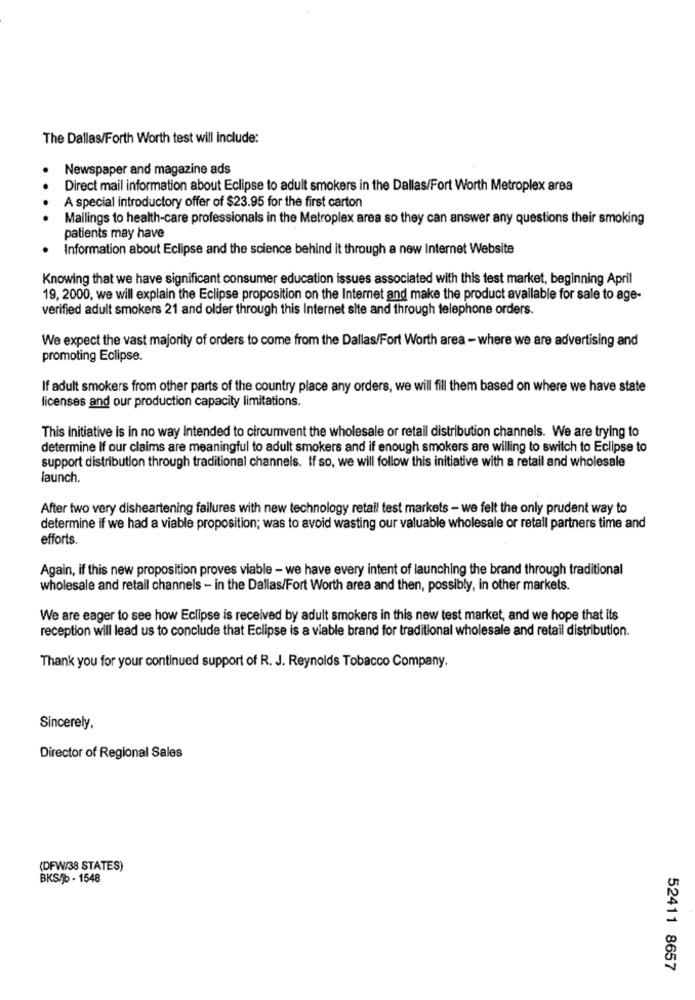
The Dallas/Forth Worth test will include:
Newspaper and magazine ads
Direct mail information about Eclipse to adult smokers in the Dallas/Fort Worth Metroplex area
A special introductory offer of $23.95 for the first carton
Mailings to health-care professionals in the Metroplex area so they can answer any questions their smoking
patients may have
Information about Eclipse and the science behind it through a new Internet Website
Knowing that we have significant consumer education issues associated with this test market, beginning April
19, 2000, we will explain the Eclipse proposition on the Internet and make the product available for sale to age-
verified adult smokers 21 and older through this Internet site and through telephone orders.
We expect the vast majority of orders to come from the Dallas/Fort Worth area - where we are advertising and
promoting Eclipse.
If adult smokers from other parts of the country place any orders, we will fill them based on where we have state
licenses and our production capacity limitations.
This initiative is in no way Intended to circumvent the wholesale or retail distribution channels. We are trying to
determine If our claims are meaningful to adult smokers and if enough smokers are willing to switch to Eclipse to
support distribution through traditional channels. If so, we will follow this initiative with a retail and wholesale
launch.
After two very disheartening failures with new technology retail test markets - we felt the only prudent way to
determine if we had a viable proposition; was to avoid wasting our valuable wholesale or retall partners time and
efforts.
Again, if this new proposition proves viable - we have every intent of launching the brand through traditional
wholesale and retail channels - in the Dallas/Fort Worth area and then, possibly, in other markets.
We are eager to see how Eclipse is received by adult smokers in this new test market, and we hope that its
reception will lead us to conclude that Eclipse is a viable brand for traditional wholesale and retail distribution.
Thank you for your continued support of R. J. Reynolds Tobacco Company.
Sincerely,
Director of Regional Sales
(DFW/38 STATES)
BKSJb - 1548
52411 8657